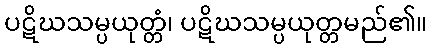
ပဋိဃသမ္ပယုတ္တံ၊ ပဋိဃသမ္ပယုတ္တမည်၏။